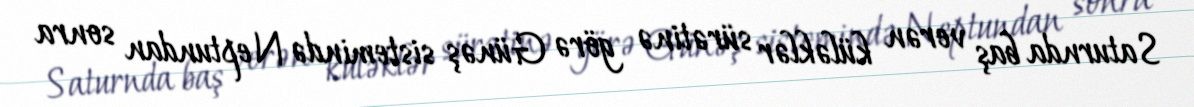
Saturnda baş verən küləklər sürətinə görə Günəş sistemində Neptundan sonra